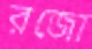
রজো